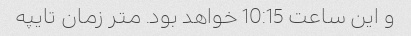
و این ساعت 10:15 خواهد بود. متر زمان تایپه